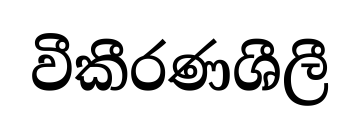
වීකීරණශීලී